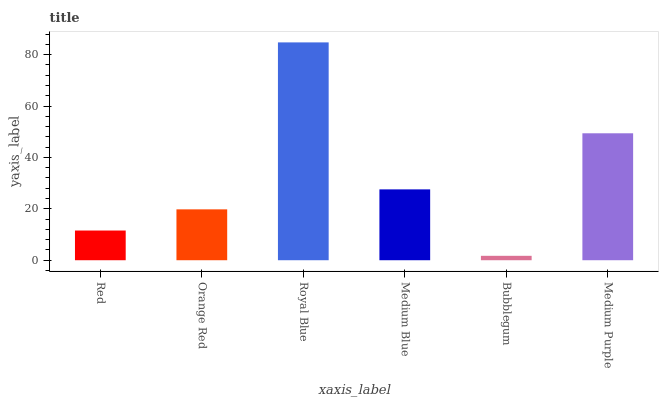
| xaxis_label | bars |
 | --- | --- |
 | Red | 11.6 |
 | Orange Red | 19.8 |
 | Royal Blue | 84.8 |
 | Medium Blue | 27.6 |
 | Bubblegum | 1.72 |
 | Medium Purple | 49.4 |